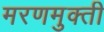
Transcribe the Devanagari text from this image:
मरणमुक्ती